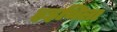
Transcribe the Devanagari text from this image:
हइथिला